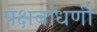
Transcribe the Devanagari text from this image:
पक्षबांधणी